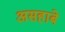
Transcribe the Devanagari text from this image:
असहाबे